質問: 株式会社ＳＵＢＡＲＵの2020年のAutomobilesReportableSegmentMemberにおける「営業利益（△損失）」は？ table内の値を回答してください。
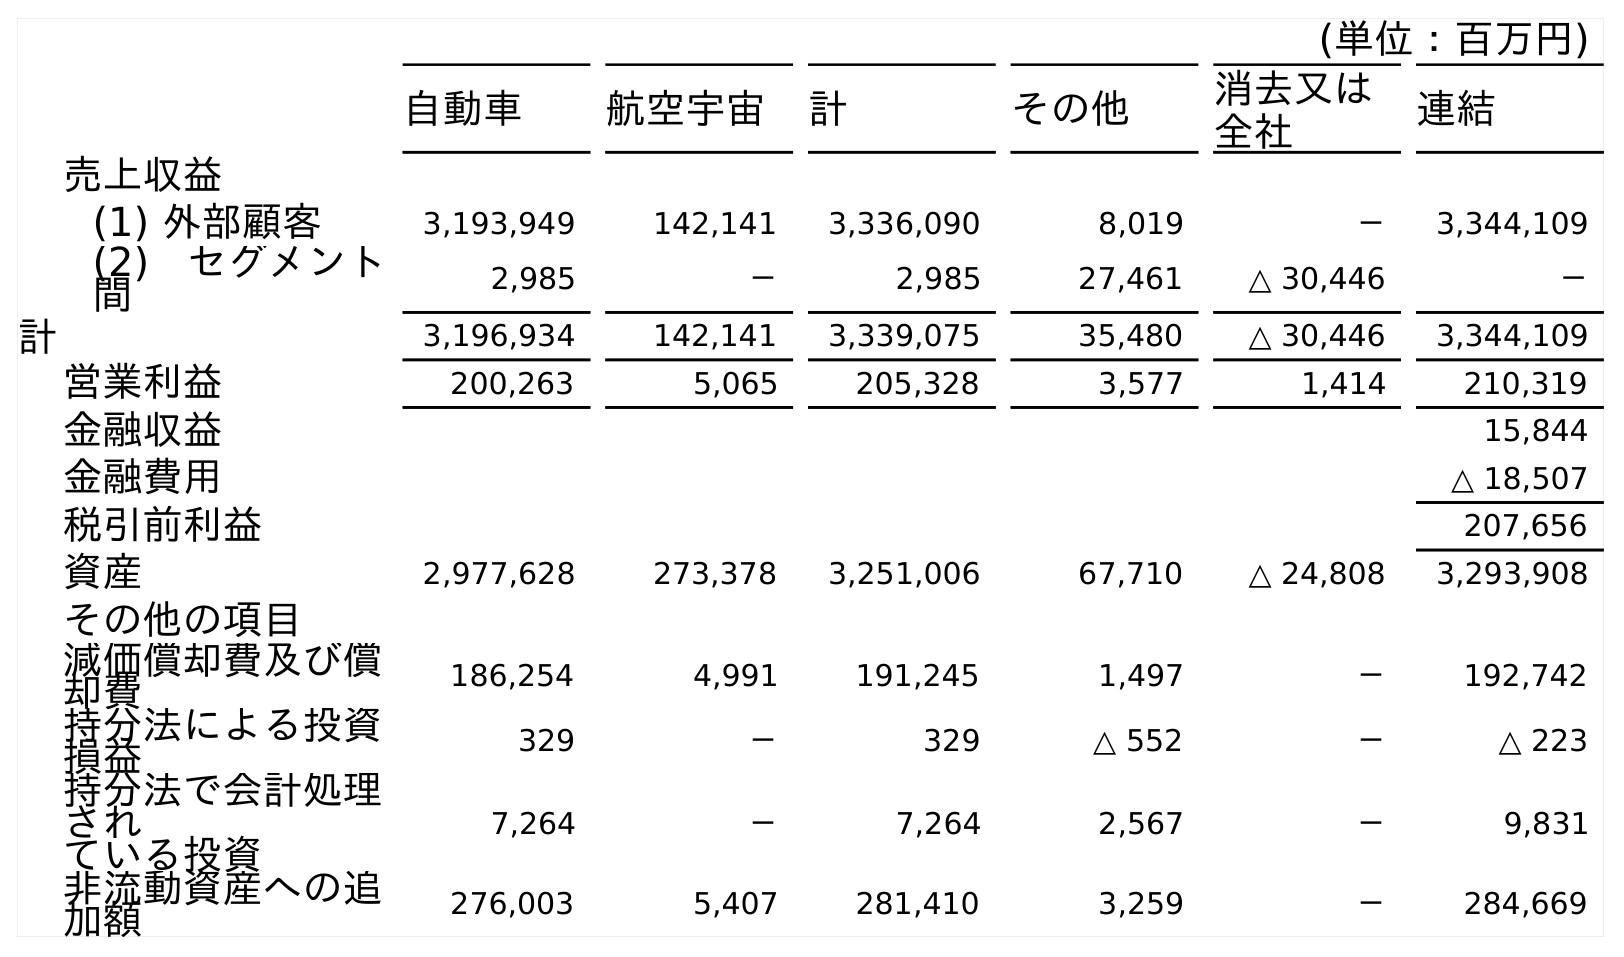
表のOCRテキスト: (単位：百万円) 自動車 航空宇宙 計 その他 消去又は 全社 連結 売上収益 (1) 外部顧客 3,193,949 142,141 3,336,090 8,019 － 3,344,109 (2) セグメント 間 2,985 － 2,985 27,461 △ 30,446 － 計 3,196,934 142,141 3,339,075 35,480 △ 30,446 3,344,109 営業利益 200,263 5,065 205,328 3,577 1,414 210,319 金融収益 15,844 金融費用 △ 18,507 税引前利益 207,656 資産 2,977,628 273,378 3,251,006 67,710 △ 24,808 3,293,908 その他の項目 減価償却費及び償 却費 186,254 4,991 191,245 1,497 － 192,742 持分法による投資 損益 329 － 329 △ 552 － △ 223 持分法で会計処理 され ている投資 7,264 － 7,264 2,567 － 9,831 非流動資産への追 加額 276,003 5,407 281,410 3,259 － 284,669
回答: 200,263